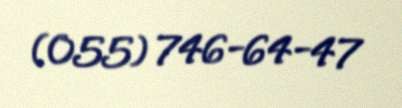
(055) 746-64-47